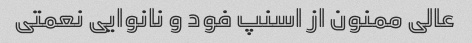
عالی ممنون از اسنپ فود و نانوایی نعمتی